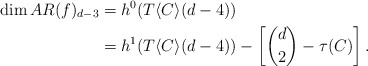
\begin{align*}\dim AR(f)_{d-3} &= h^0(T\langle C\rangle(d-4)) \\&= h^1(T\langle C\rangle(d-4))- \left[{d \choose 2} - \tau(C) \right]. \end{align*}